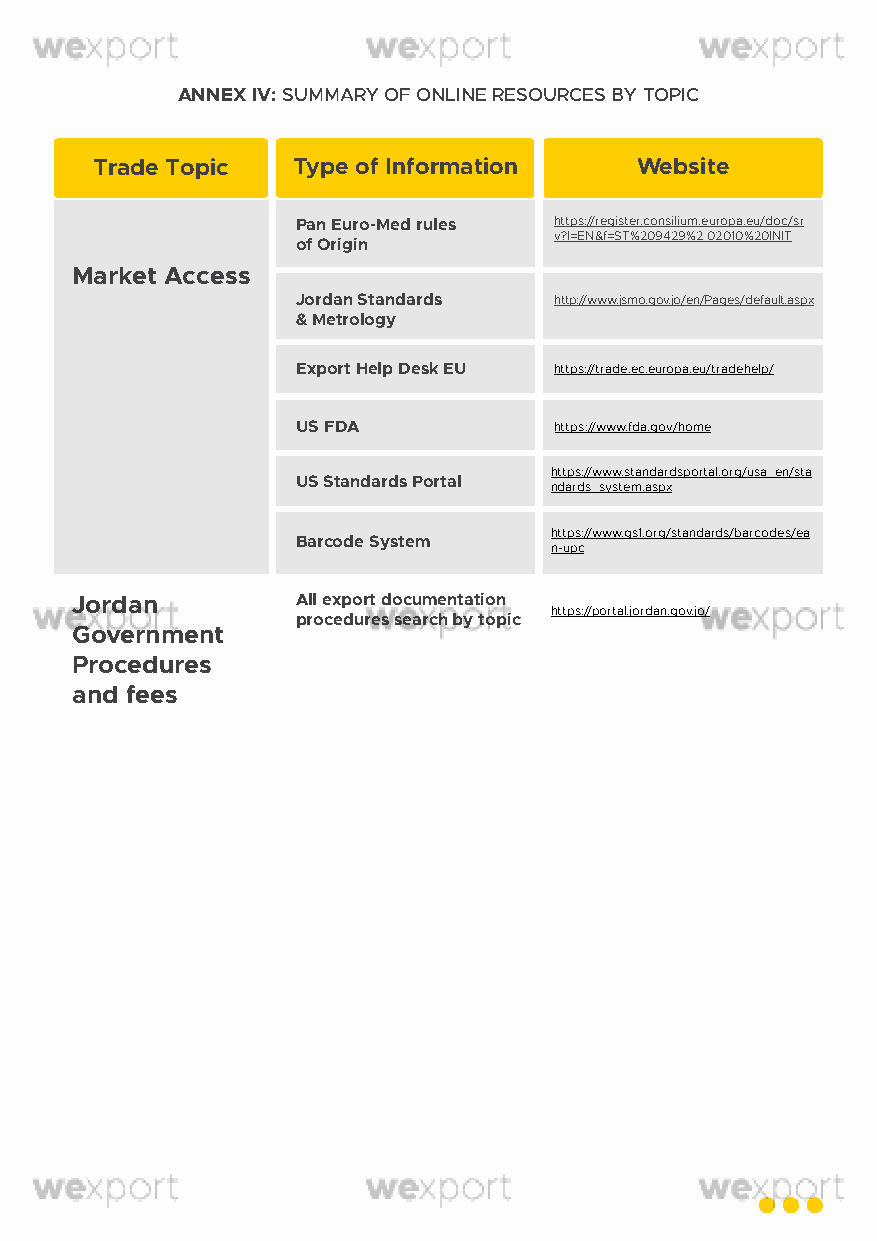
ANNEX IV: SUMMARY OF ONLINE RESOURCES BY TOPIC
 Trade Topic  Type of Information    Website
 Pan Euro-Med rules https://register.consilium.europa.eu/doc/sr
 v?l=EN&f=ST%209429%2 02010%20INIT
 of Origin
 Market Access
 Jordan Standards http://www.jsmo.gov.jo/en/Pages/default.aspx
 & Metrology
 Export Help Desk EU https://trade.ec.europa.eu/tradehelp/
 US FDA           https://www.fda.gov/home
 https://www.standardsportal.org/usa_en/sta
 US Standards Portal
 ndards_system.aspx
 https://www.gs1.org/standards/barcodes/ea
 Barcode System
 n-upc
 Jordan         All export documentation
 https://portal.jordan.gov.jo/
 procedures search by topic
 Government
 Procedures
 and fees